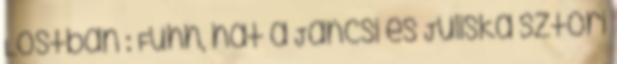
Lostban : Fuhh, hát a Jancsi és Juliska sztori